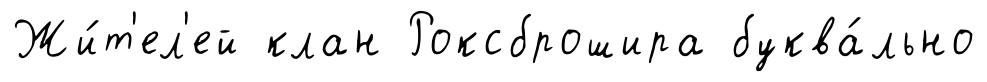
Жи́т'ел'ей клан Роксброшира буква́льно